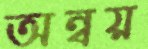
অন্বয়